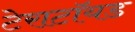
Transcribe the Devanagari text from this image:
टेराटॉयड